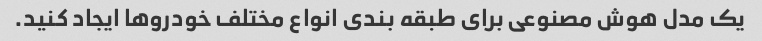
یک مدل هوش مصنوعی برای طبقه بندی انواع مختلف خودروها ایجاد کنید.